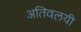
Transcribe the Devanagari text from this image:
अतिवलयी